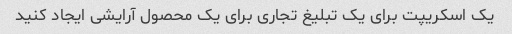
یک اسکریپت برای یک تبلیغ تجاری برای یک محصول آرایشی ایجاد کنید